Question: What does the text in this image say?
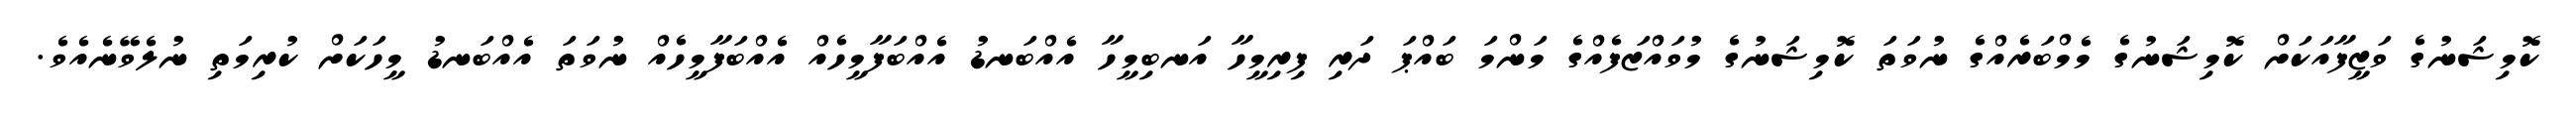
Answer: ކޮމިޝަނުގެ ވަޒީފާއަކަށް ކޮމިޝަނުގެ މެމްބަރެއްގެ ނުވަތަ ކޮމިޝަނުގެ މުވައްޒަފެއްގެ މަންމަ ބައްޕަ ދަރި ފިރިމީހާ އަނބިމީހާ އެއްބަނޑު އެއްބަފާމީހެއް އެއްބަފާމީހެއް ނުވަތަ އެއްބަނޑު މީހަކަށް ކުރިމަތި ނުލެވޭނެއެވެ.